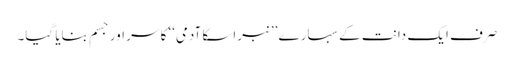
صرف ایک دانت کے سہارے ’’نبراسکا آدمی‘‘ کا سر اور جسم بنایا گیا۔